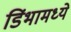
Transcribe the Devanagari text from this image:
डिंभामध्ये